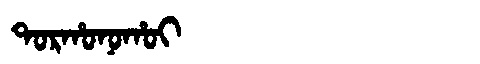
Manchu: ᡨᠣᡵᡥᠣᠨᠣᡥᠣᡳ
Romanization: TORHONOHOI